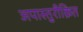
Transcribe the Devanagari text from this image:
अपास्तुरीक्रित